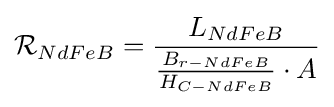
{\mathcal {R}}_{NdFeB}={\frac {L_{NdFeB}}{{\frac {B_{r-NdFeB}}{H_{C-NdFeB}}}\cdot A}}